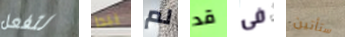
لتفعل يبدا لم قد فى ستأتين